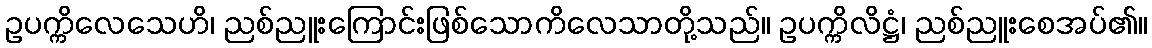
ဥပက္ကိလေသေဟိ၊ ညစ်ညူးကြောင်းဖြစ်သောကိလေသာတို့သည်။ ဥပက္ကိလိဋ္ဌံ၊ ညစ်ညူးစေအပ်၏။